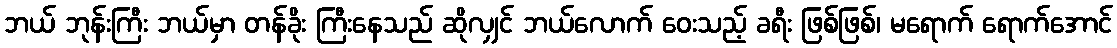
ဘယ် ဘုန်းကြီး ဘယ်မှာ တန်ခိုး ကြီးနေသည် ဆိုလျှင် ဘယ်လောက် ဝေးသည့် ခရီး ဖြစ်ဖြစ်၊ မရောက် ရောက်အောင်